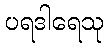
ပရဒါရေသု